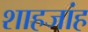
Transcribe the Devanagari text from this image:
शाहजांह